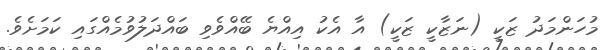
މުހަންމަދު ޒަކީ (ނަޒާކީ ޒަކީ) އާ އެކު އިއްޔެ ބޭއްވެވި ބައްދަލުވުމެއްގައި ކަމަށެވެ.